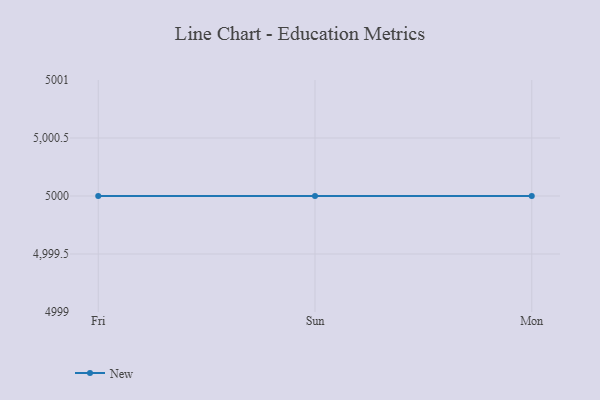
{"axis": {"x": "Day", "y": "Satisfaction Score"}, "legend": ["New"], "data": [{"x": "Fri", "y": 5000, "type": "New"}, {"x": "Sun", "y": 5000, "type": "New"}, {"x": "Mon", "y": 5000, "type": "New"}]}